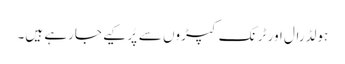
ہولڈرال اور ٹرنک کپڑوں سے پُر کیے جارہے ہیں۔